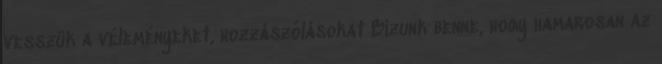
vesszük a véleményeket, hozzászólásokat Bízunk benne, hogy hamarosan az